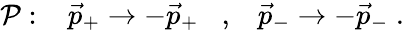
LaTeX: {\cal P}:\; \; \; \vec{p}_{+}\rightarrow-\vec{p}_{+}\; \; \; ,\; \; \; \vec{p}_{-}\rightarrow-\vec{p}_{-}\; .